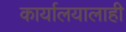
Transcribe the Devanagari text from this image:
कार्यालयालाही